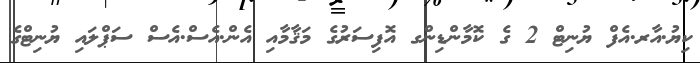
ކިޔު.އާރ.އެފް ޔުނިޓް 2 ގެ ކޮމާންޑިންގ އޮފިސަރުގެ މަޤާމާއި އެން.އެސް.އެސް ސަޕްލައި ޔުނިޓްގެ